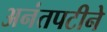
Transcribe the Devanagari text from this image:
अनंतपटीने